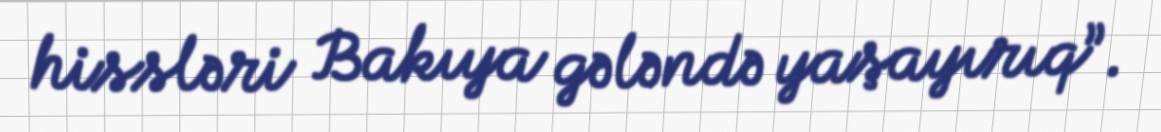
hissləri Bakıya gələndə yaşayırıq”.